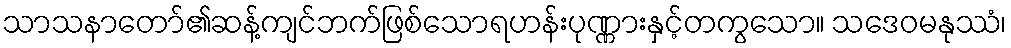
သာသနာတော်၏ဆန့်ကျင်ဘက်ဖြစ်သောရဟန်းပုဏ္ဏားနှင့်တကွသော။ သဒေဝမနုဿံ၊